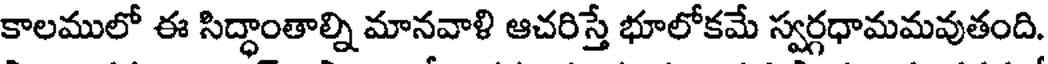
కాలములో ఈ సిద్ధాంతాల్ని మానవాళి ఆచరిస్తే భూలోకమే స్వర్గధామమవుతంది.